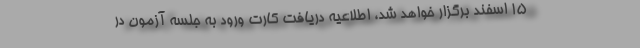
۱۵ اسفند برگزار خواهد شد، اطلاعیه دریافت کارت ورود به جلسه آزمون در